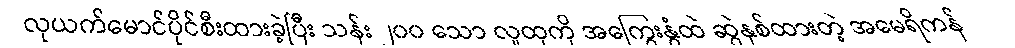
လုယက်မောင်ပိုင်စီးထားခဲ့ပြီး သန်း ၂၀၀ သော လူထုကို အကြွေးနွံထဲ ဆွဲနှစ်ထားတဲ့ အမေရိကန်